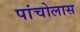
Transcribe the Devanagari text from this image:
पांचोलास